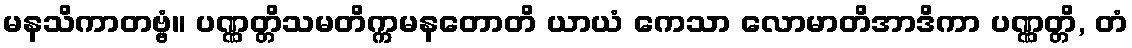
မနသိကာတဗ္ဗံ။ ပဏ္ဏတ္တိသမတိက္ကမနတောတိ ယာယံ ကေသာ လောမာတိအာဒိကာ ပဏ္ဏတ္တိ, တံ